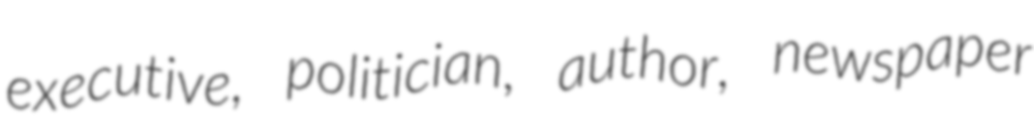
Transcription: executive, politician, author, newspaper